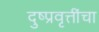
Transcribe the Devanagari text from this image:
दुष्प्रवृत्तींचा